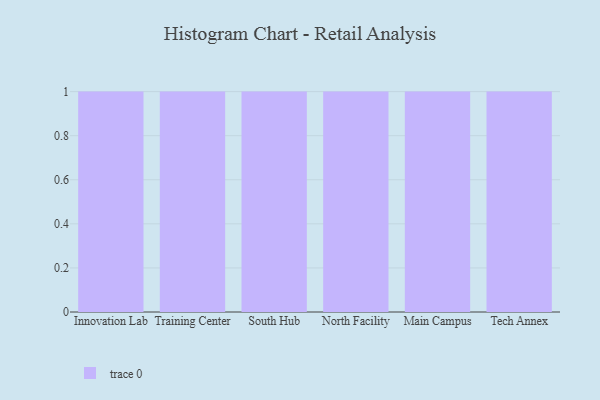
{"axis": {"x": "Campus", "y": "Satisfaction Score"}, "legend": [""], "data": [{"x": "Innovation Lab", "y": 97, "type": ""}, {"x": "Training Center", "y": 97, "type": ""}, {"x": "South Hub", "y": 35, "type": ""}, {"x": "North Facility", "y": 90, "type": ""}, {"x": "Main Campus", "y": 86, "type": ""}, {"x": "Tech Annex", "y": 89, "type": ""}]}